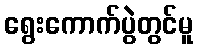
ရွေးကောက်ပွဲတွင်မူ